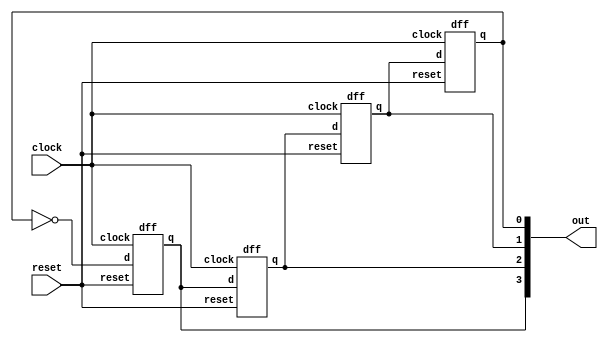
module johnson(out,clock,reset);
  
  output wire[3:0] out;
  input clock,reset;
  wire q1,q2,q3,q4;
  
  dff D1(q1,~q4,clock,reset);
  dff D2(q2,q1,clock,reset);
  dff D3(q3,q2,clock,reset);
  dff D4(q4,q3,clock,reset);
  
  assign out={q1,q2,q3,q4};
  
endmodule
        

module dff(q,d,clock,reset);
  
  output reg q;
  input d,clock,reset;
  
  always@(posedge clock)
    begin
      if(reset)
        q<=0;
      else
        q<=d;
    end

endmodule